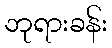
ဘုရားခန်း